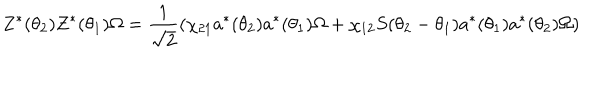
LaTeX: Z ^ { \ast } ( \theta _ { 2 } ) Z ^ { \ast } ( \theta _ { 1 } ) \Omega = \frac { 1 } { \sqrt { 2 } } ( \chi _ { 2 1 } a ^ { \ast } ( \theta _ { 2 } ) a ^ { \ast } ( \theta _ { 1 } ) \Omega + \chi _ { 1 2 } S ( \theta _ { 2 } - \theta _ { 1 } ) a ^ { \ast } ( \theta _ { 1 } ) a ^ { \ast } ( \theta _ { 2 } ) \Omega )